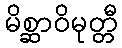
မိစ္ဆာဝိမုတ္တီ